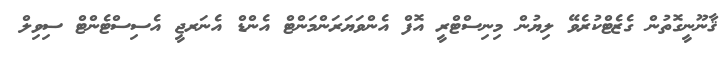
ޤާނޫނީގޮތުން ގެޒެޓްކުރެވޭ ލިޔުން މިނިސްޓްރީ އޮފް އެންވަޔަރަންމަންޓް އެންޑް އެނަރޖީ އެސިސްޓެންޓް ސިވިލް